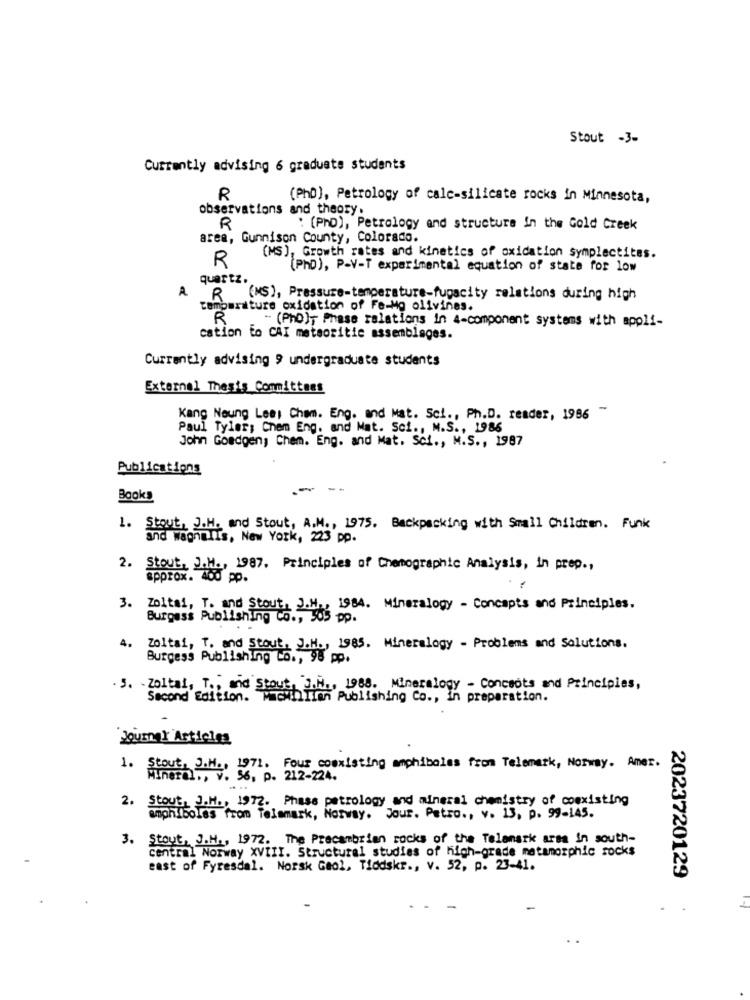
Stout -3-
Currently advising 6 graduate students
R
(PhD), Petrology of calc-silicate rocks in Minnesota,
observations and theory.
R
: (PhD), Petrology and structure in the Cold Creek
area, Gunnison County, Colorado.
R
(MS), Growth rates and kinetics of oxidation symplectites.
(PhD), P-V-T experimental equation of state for low
quartz.
A
R (MS), Pressure-temperature-fugacity relations during high
Temperature oxidation of Fe-Mg olivines.
R
" (Pho)- Phase relations in 4-component systems with appli-
cation to CAI metsoritic assemblages.
Currently advising 9 undergraduate students
External Thesis Committees
-
Kang Neung Lees Chem. Eng. and Mat. Sci ., Ph.D. reader, 1986
Paul Tyler, Chem Eng. and Mat. Sci ., M.S ., 1986
John Goedgen, Chem. Eng. and Mat. Sci ., M.S ., 1987
Publications
--
Books
1. Stout, J.H. and Stout, A.M ., 1975. Backpacking with Small Children. Funk
and wagnelis, New York, 223 pp.
2. Stout, J.M ., 1987. Principles of Chemographic Analysis, in prep .,
approx.
3. Zoltal, T. and Stout
1984. Mineralogy - Concepts and Principles.
Burgess Publishing Co ., 305 pp.
4. Zoltai, T. and Stout.
Burgess Publishing us. - Ha 1985. Mineralogy - Problems and Solutions.
.S. Zoltal, T ., and Stout, J.H ., 1988. Mineralogy - Concepts and Principles,
Second Edition.
Fachlien Publishing Co ., in preparation.
Journal Articles
ut. J.M ., 1971. Four coexisting amphiboles from Telemark, Norway. Amer.
Minerh ., V. 56, p. 212-224.
2. Stout, J.H ., 1972. Phase petrology and mineral chemistry of coexisting
amphiboles from Telemark, Norway. Jour. Petro ., v. 13, p. 99-145.
3. Stout, J.H ., 1972. The Precambrian rocks of the Telamark arsa in south-
central Norway XVIII. Structural studies of high-grade metamorphic socks
east of Fyresdal. Norsk Gaol, Tiddskr ., v. 52, p. 23-41.
2023720129